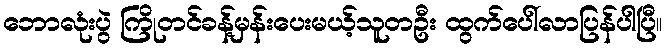
ဘောလုံးပွဲ ကြိုတင်ခန့်မှန်းပေးမယ့်သူတဦး ထွက်ပေါ်လာပြန်ပါပြီ။